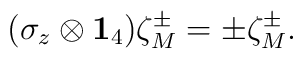
(\sigma_z\otimes{\bf1}_4)\zeta^\pm_M=\pm\zeta^\pm_M.